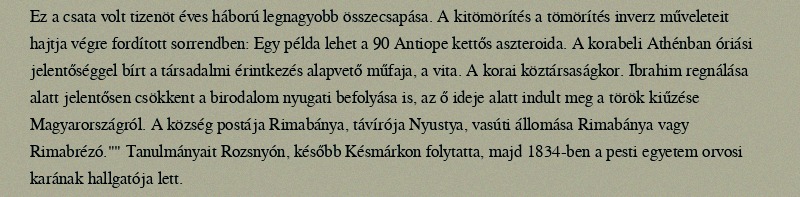
Ez a csata volt tizenöt éves háború legnagyobb összecsapása. A kitömörítés a tömörítés inverz műveleteit hajtja végre fordított sorrendben: Egy példa lehet a 90 Antiope kettős aszteroida. A korabeli Athénban óriási jelentőséggel bírt a társadalmi érintkezés alapvető műfaja, a vita. A korai köztársaságkor. Ibrahim regnálása alatt jelentősen csökkent a birodalom nyugati befolyása is, az ő ideje alatt indult meg a török kiűzése Magyarországról. A község postája Rimabánya, távírója Nyustya, vasúti állomása Rimabánya vagy Rimabrézó."" Tanulmányait Rozsnyón, később Késmárkon folytatta, majd 1834-ben a pesti egyetem orvosi karának hallgatója lett.